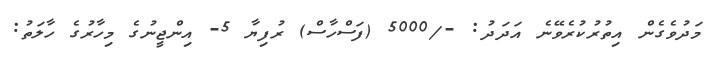
މަދުވެގެން އިތުރުކުރެވޭނެ އަދަދު: -/5000 (ފަސްހާސް) ރުފިޔާ 5- އިންޖީނުގެ މިހާރުގެ ހާލަތު: